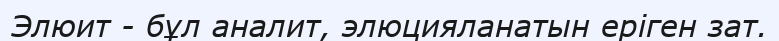
Элюит - бұл аналит, элюцияланатын еріген зат.